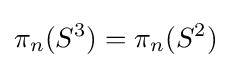
\pi _{n}(S^{3})=\pi _{n}(S^{2})